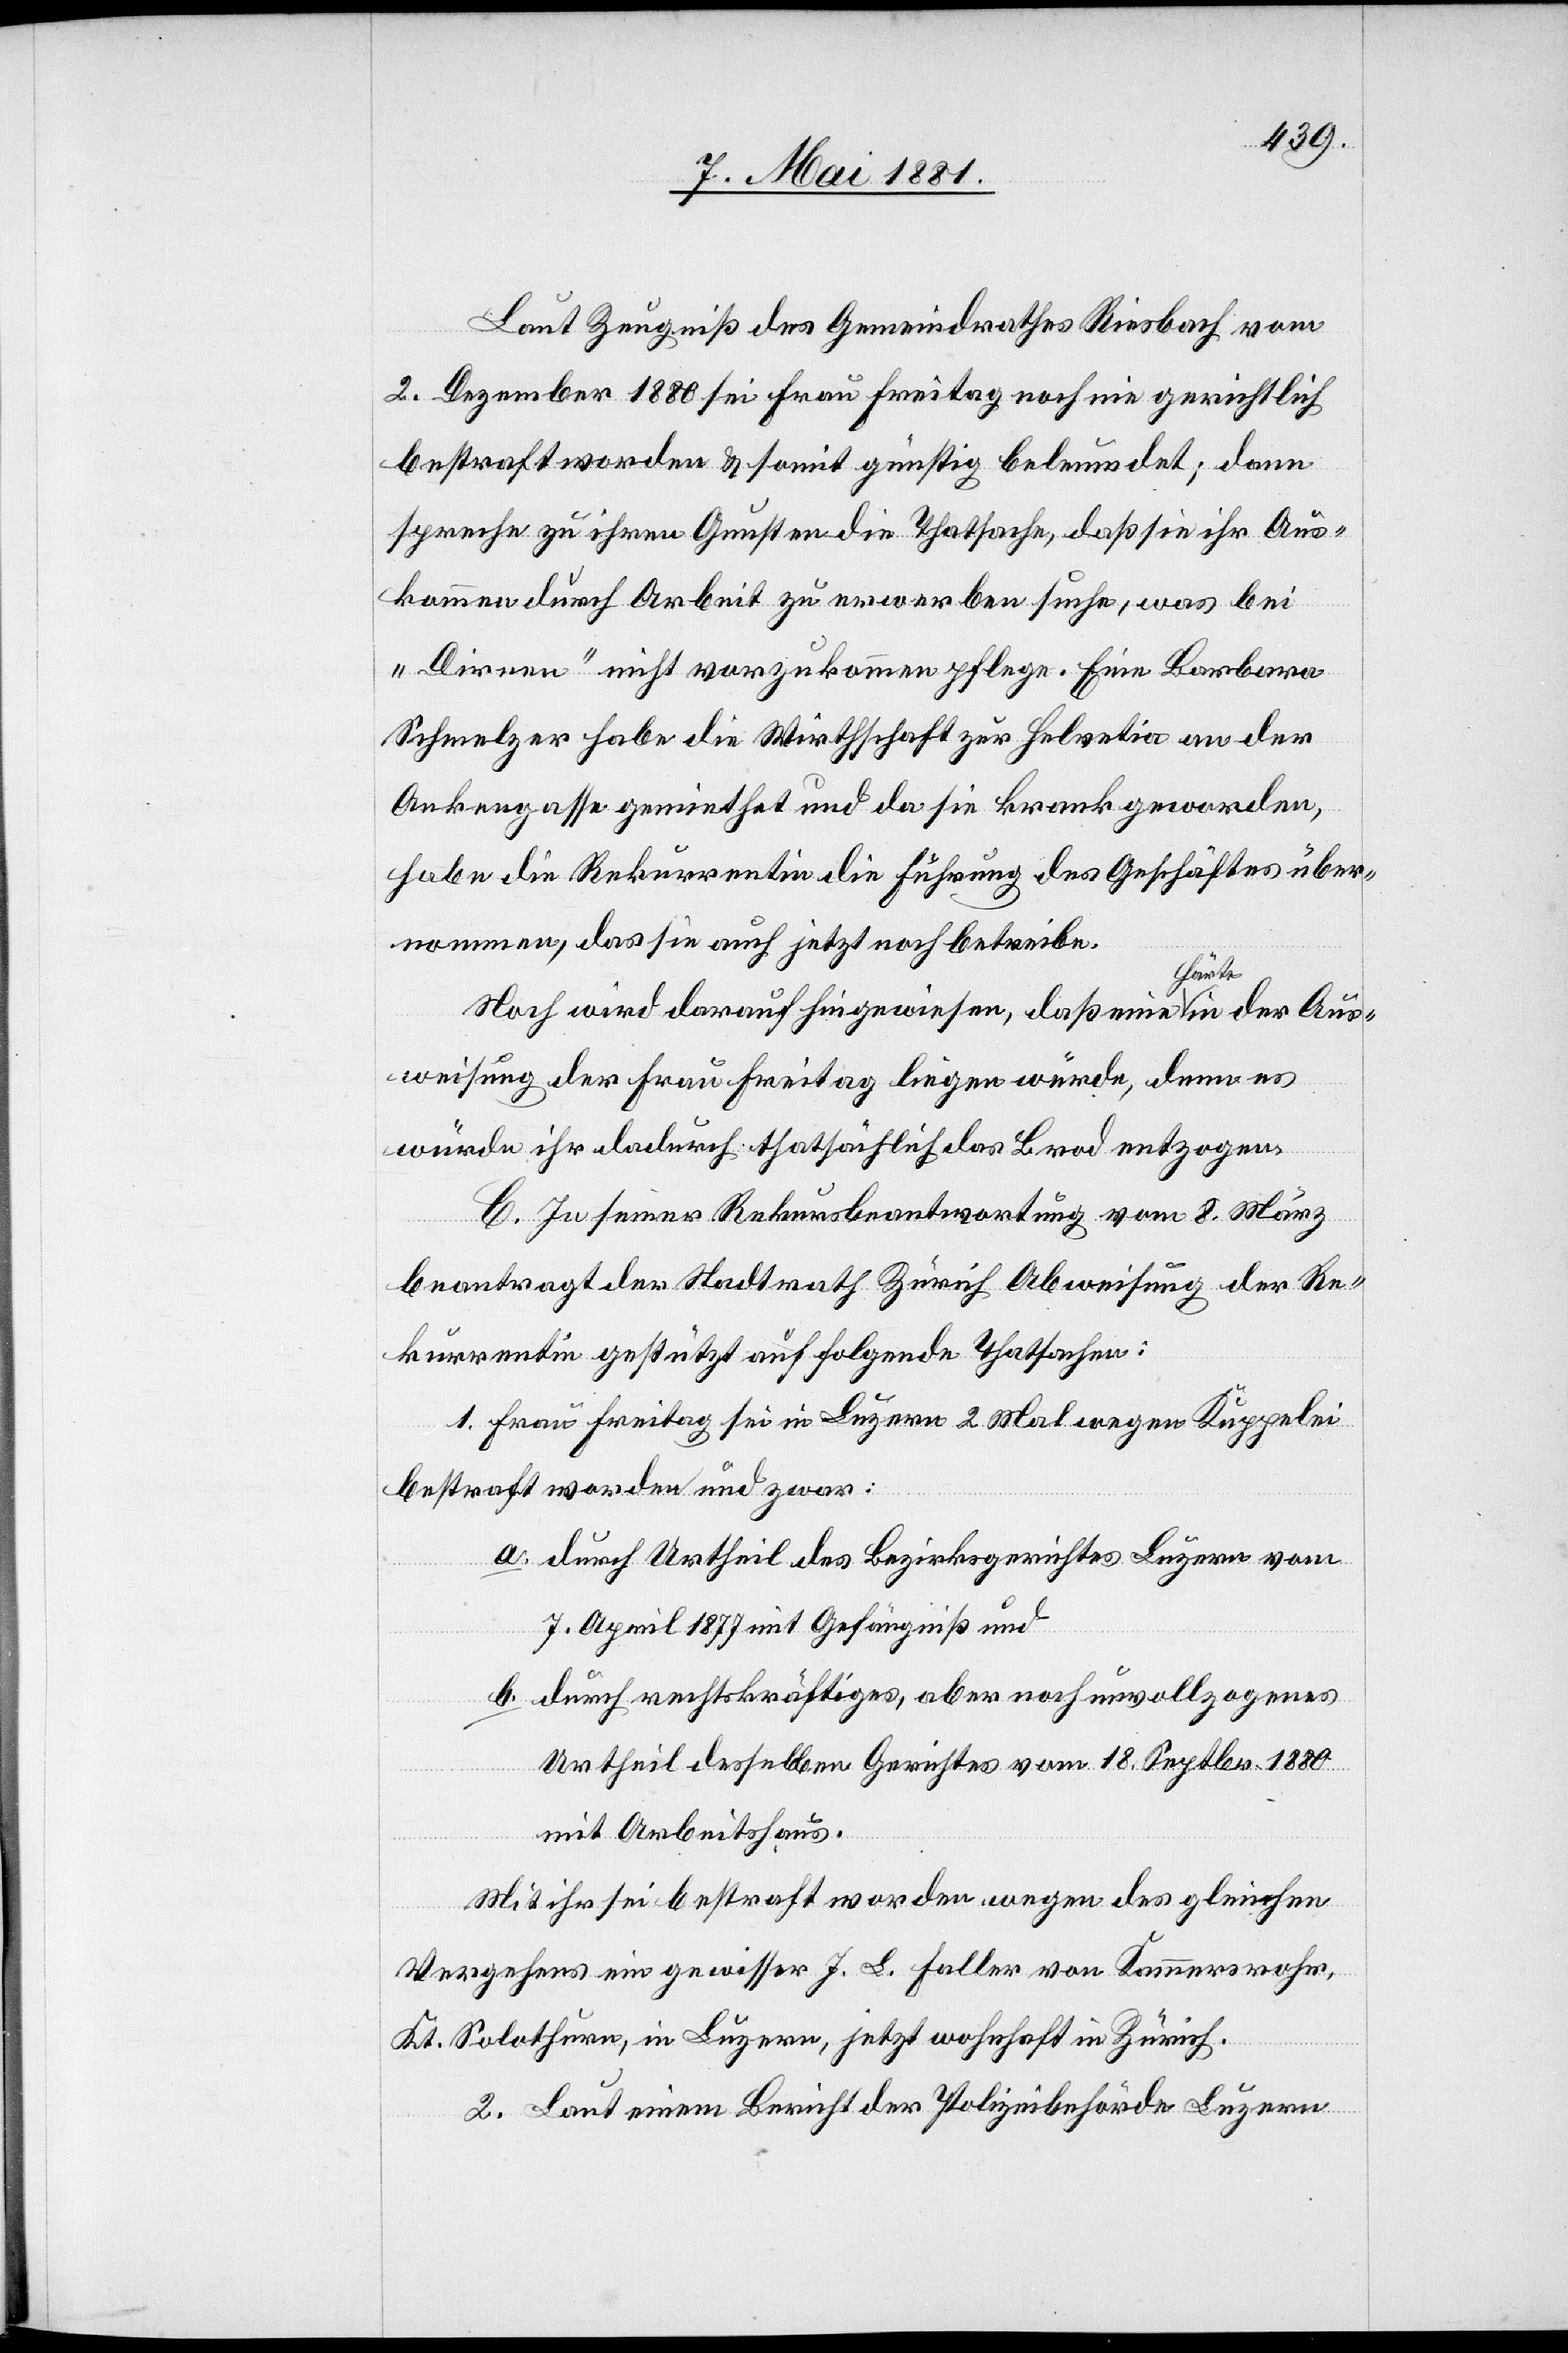
Laut Zeugniß des Gemeindrathes Riesbach vom
2. Dezember 1880 sei Frau Freitag noch nie gerichtlich
bestraft worden & somit günstig beleumdet; dann
spreche zu ihren Gunsten die Thatsache, daß sie ihr Aus¬
kommen durch Arbeit zu erwerben suche, was bei
„Dirnen“ nicht vorzukommen pflege. Eine Barbara
Schmelzer habe die Wirthschaft zur Helvetia an der
Ankergasse gemiethet und da sie krank geworden,
habe die Rekurrentin die Führung des Geschäftes über¬
nommen, daß sie auch jetzt noch betreibe.
Noch wird darauf hingewiesen, daß eine Härte in der Aus¬
weisung der Frau Freitag liegen würde, denn es
würde ihr dadurch thatsächlich das Brod entzogen.
C. In seiner Rekursbeantwortung vom 8. März
beantragt der Stadtrath Zürich Abweisung der Re¬
kurrentin gestützt auf folgende Thatsachen:
1. Frau Freitag sei in Luzern 2 Mal wegen Kuppelei
bestraft worden und zwar:
a. durch Urtheil des Bezirksgerichtes Luzern vom
7. April 1877 mit Gefängniß und
b. durch rechtskräftiges, aber noch unvollzogenes
Urtheil desselben Gerichtes vom 18. Septbr. 1880
mit Arbeitshaus.
Mit Ihr sei bestraft worden wegen des gleichen
Vergehens ein gewisser J. L. Faller von Kammersrohr,
Kt. Solothurn, in Luzern, jetzt wohnhaft in Zürich.
2. Laut einem Bericht der Polizeibehörde Luzern